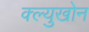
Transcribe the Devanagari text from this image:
क्ल्युखोन